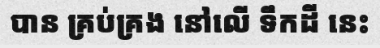
បាន គ្រប់គ្រង នៅលើ ទឹកដី នេះ